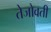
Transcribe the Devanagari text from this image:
तेजोवती